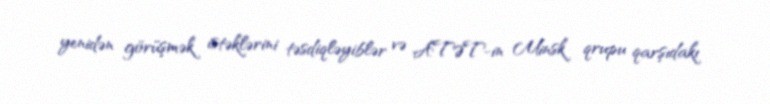
yenidən görüşmək istəklərini təsdiqləyiblər və ATƏT-in Minsk qrupu qarşıdakı